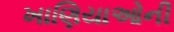
ખાણિયાઓની